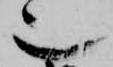
也